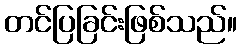
တင်ပြခြင်းဖြစ်သည်။